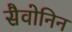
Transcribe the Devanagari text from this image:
सैवोनिन